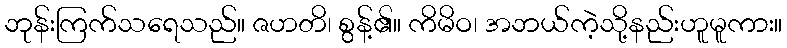
ဘုန်းကြက်သရေသည်။ ဇဟတိ၊ စွန့်၏။ ကိမိဝ၊ အဘယ်ကဲ့သို့နည်းဟူမူကား။